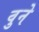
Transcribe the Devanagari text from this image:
वुने